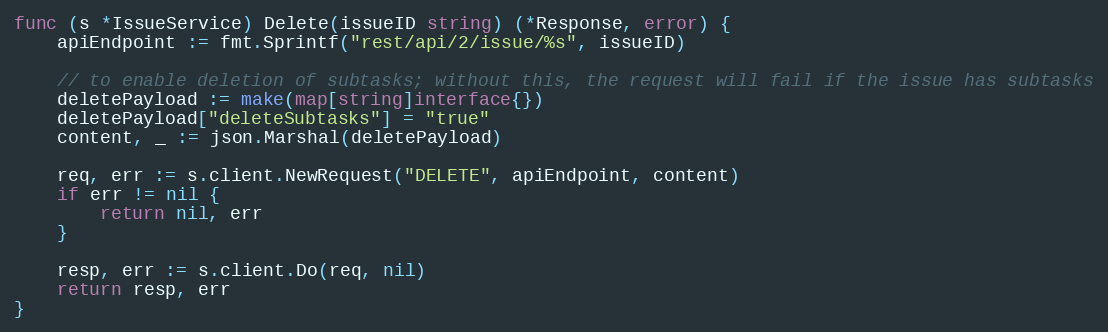
Language: Go
func (s *IssueService) Delete(issueID string) (*Response, error) {
	apiEndpoint := fmt.Sprintf("rest/api/2/issue/%s", issueID)

	// to enable deletion of subtasks; without this, the request will fail if the issue has subtasks
	deletePayload := make(map[string]interface{})
	deletePayload["deleteSubtasks"] = "true"
	content, _ := json.Marshal(deletePayload)

	req, err := s.client.NewRequest("DELETE", apiEndpoint, content)
	if err != nil {
		return nil, err
	}

	resp, err := s.client.Do(req, nil)
	return resp, err
}